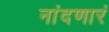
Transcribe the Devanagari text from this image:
नांदणारं